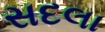
સદલા